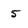
Character: 5